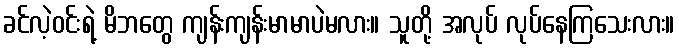
ခင်လဲ့ဝင်းရဲ့ မိဘတွေ ကျန်းကျန်းမာမာပဲမလား။ သူတို့ အလုပ် လုပ်နေကြသေးလား။